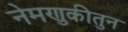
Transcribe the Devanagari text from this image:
नेमणुकीतुन